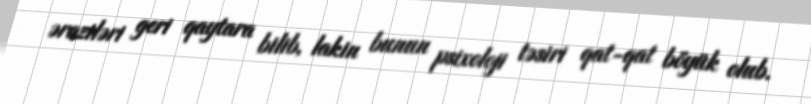
əraziləri geri qaytara bilib, lakin bunun psixoloji təsiri qat-qat böyük olub.